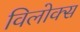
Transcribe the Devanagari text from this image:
विलोक्स